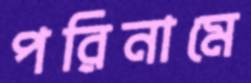
পরিনামে